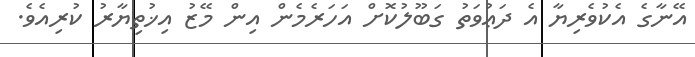
އޭނާގެ އެކުވެރިޔާ އެ ދަޢުވަތު ގަބޫލުކޮށް އަހަރެމެން އިން މޭޒު އިޚުތިޔާރު ކުރިއެވެ.